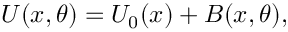
U ( \ensuremath { \boldsymbol { { x } } } , \theta ) = U _ { 0 } ( \ensuremath { \boldsymbol { { x } } } ) + B ( \ensuremath { \boldsymbol { { x } } } , \theta ) ,